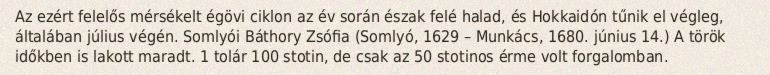
Az ezért felelős mérsékelt égövi ciklon az év során észak felé halad, és Hokkaidón tűnik el végleg, általában július végén. Somlyói Báthory Zsófia (Somlyó, 1629 – Munkács, 1680. június 14.) A török időkben is lakott maradt. 1 tolár 100 stotin, de csak az 50 stotinos érme volt forgalomban.